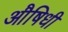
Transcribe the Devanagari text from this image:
औषिधी